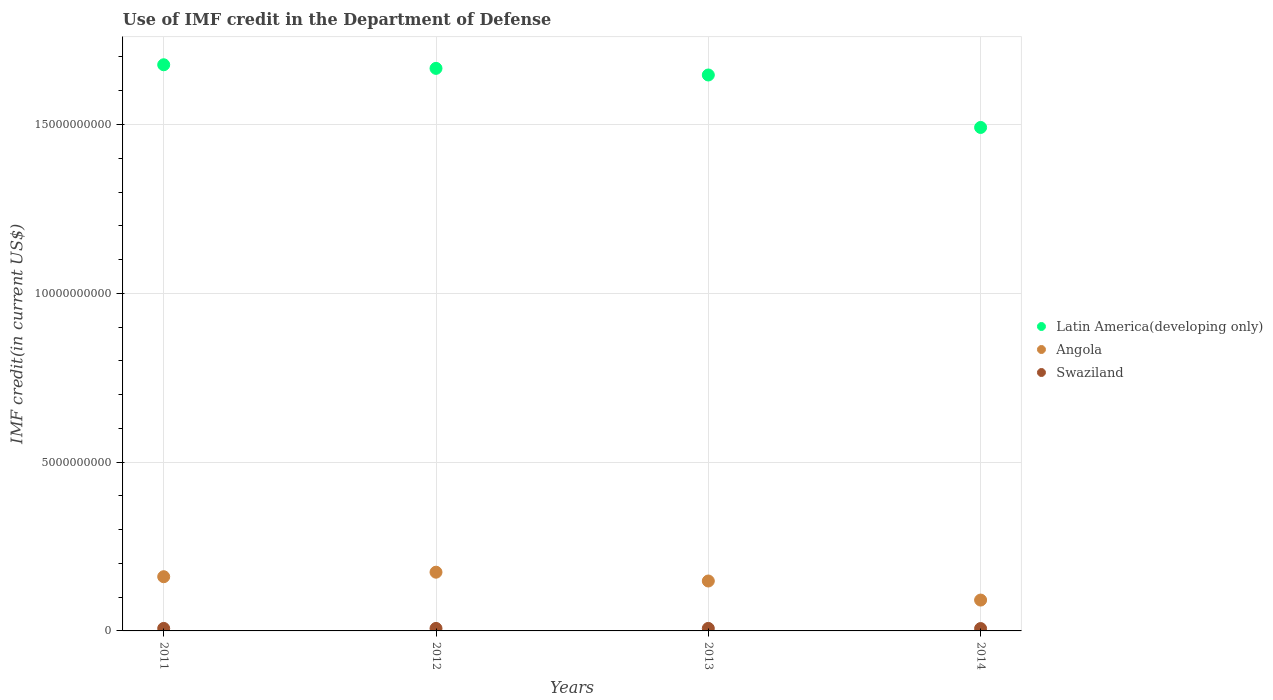
| Years | Latin America(developing only) | Angola | Swaziland |
 | --- | --- | --- | --- |
 | 2011 | 1.68e+10 | 1.61e+09 | 7.41e+07 |
 | 2012 | 1.67e+10 | 1.74e+09 | 7.42e+07 |
 | 2013 | 1.65e+10 | 1.48e+09 | 7.44e+07 |
 | 2014 | 1.49e+10 | 9.14e+08 | 7e+07 |